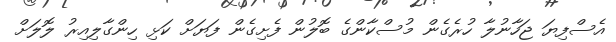
އެސްފިޔަ ޖަހާނުލާ ހުރެގެން މުސްކާންގެ ބޮލުން ފެށިގެން ފަޔަށް ކަޅި ހިންގާލިއިރު ލޮލަށް